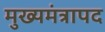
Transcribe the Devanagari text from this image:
मुख्यमंत्रापद